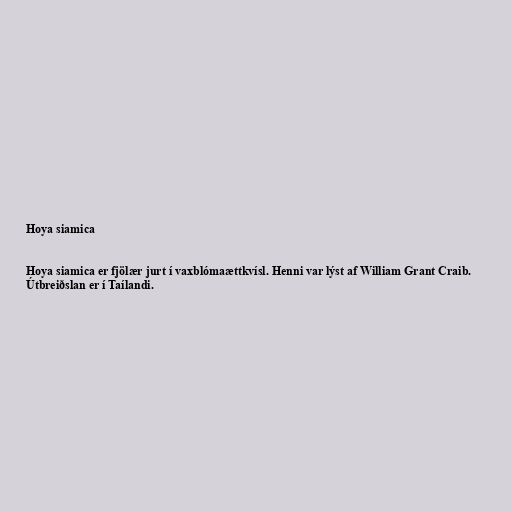
Hoya siamica

Hoya siamica er fjölær jurt í vaxblómaættkvísl. Henni var lýst af William Grant Craib.
Útbreiðslan er í Taílandi.